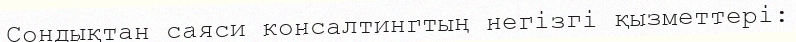
Сондықтан саяси консалтингтың негізгі қызметтері: